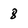
Character: 8